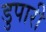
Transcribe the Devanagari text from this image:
डुपारी